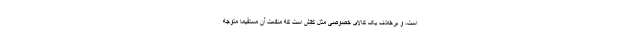
است، و برخلاف یک کالای خصوصی مثل کفش است که منفعت آن مستقیماً متوجه